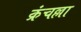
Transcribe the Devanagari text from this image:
क्रंचल्ला